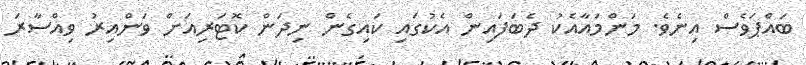
ބައްޕަވެސް އިނެވެ. މަންމައާއެކު ދެބަފައިން އެކުގައި ކައިގެން ނިދަން ކޮޓަރިއަށް ވަންއިރު ވިއްސާރަ